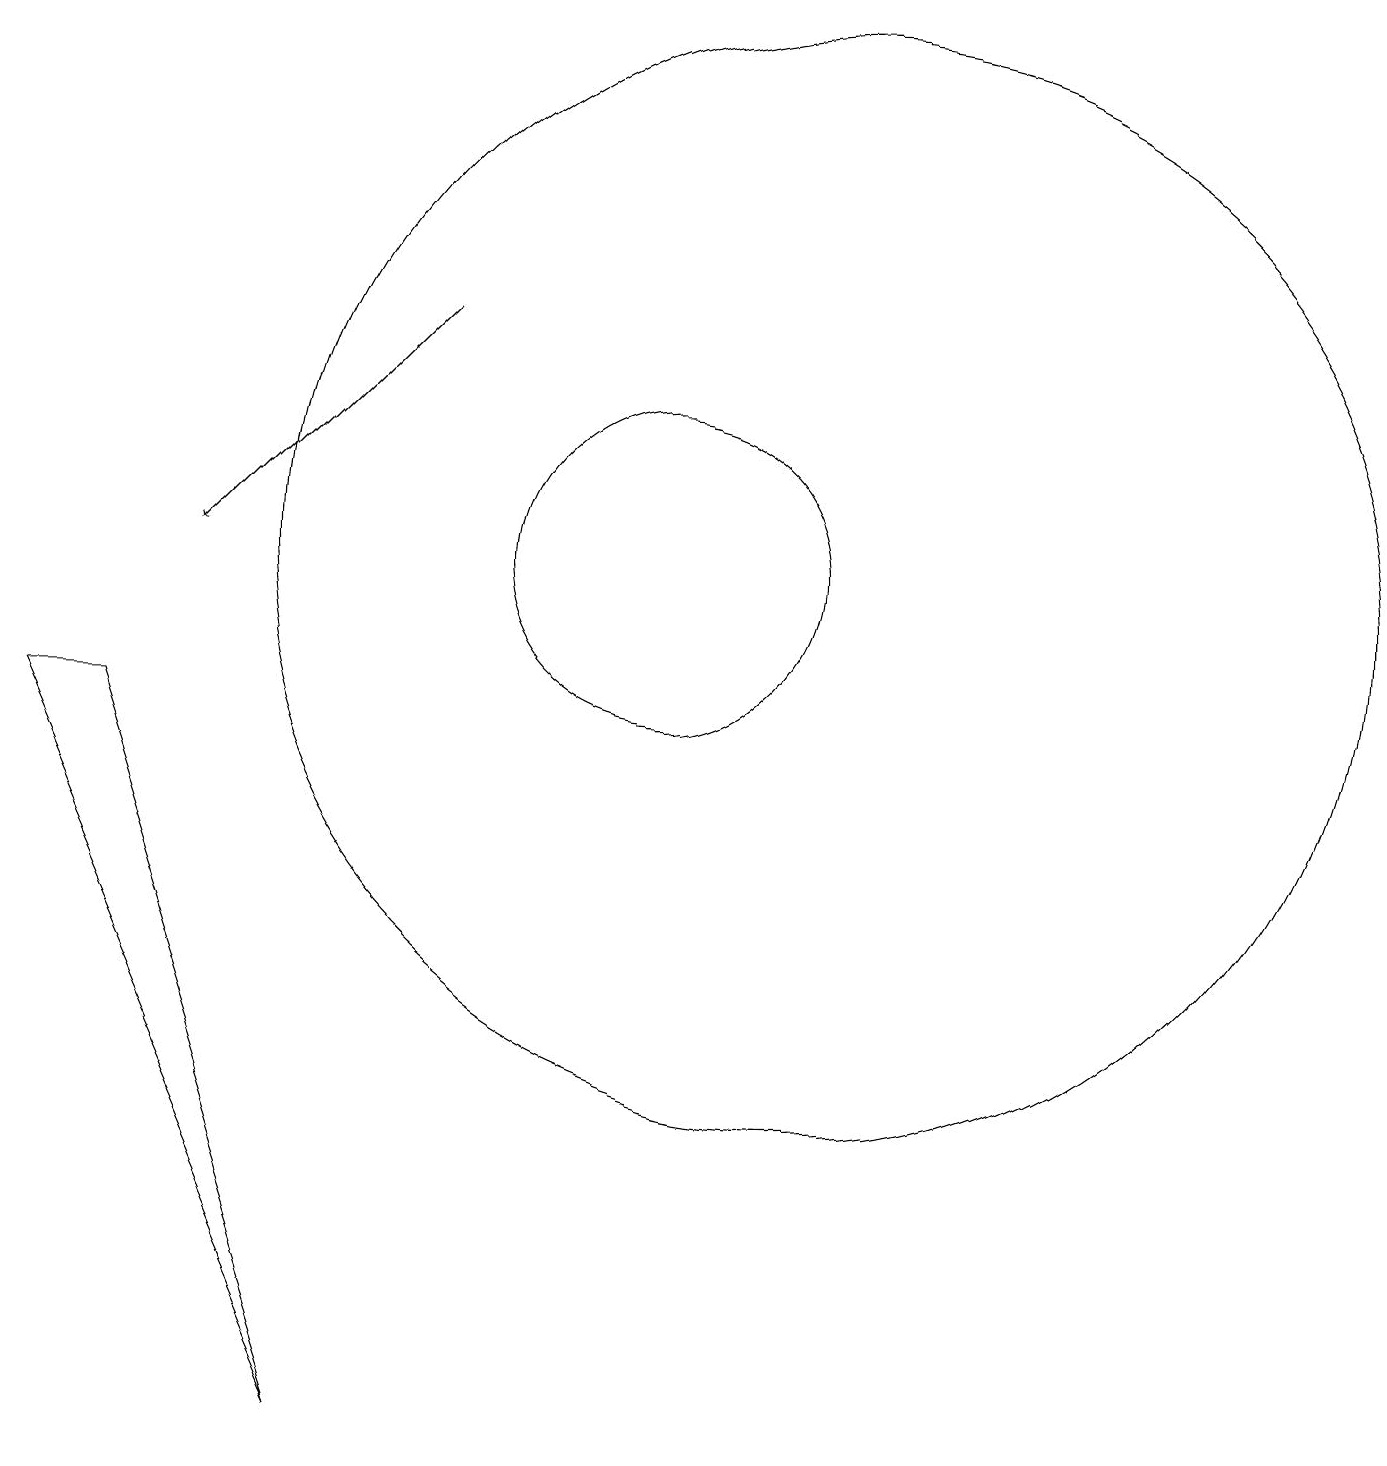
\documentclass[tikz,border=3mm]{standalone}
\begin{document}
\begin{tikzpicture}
\draw (6,0) -- (2,9) -- (3,9) -- cycle;
\draw (12,11) circle (7);
\draw (10,11) circle (2);
\draw[->] (7,14) -- (4,11);
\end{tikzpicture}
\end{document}